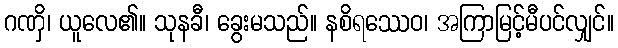
ဂဏှိ၊ ယူလေ၏။ သုနခီ၊ ခွေးမသည်။ နစိရဿေဝ၊ အကြာမြင့်မီပင်လျှင်။